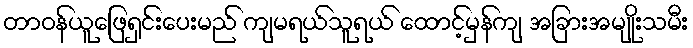
တာဝန်ယူဖြေရှင်းပေးမည် ကျမရယ်သူရယ် ထောင့်မှန်ကျ အခြားအမျိုးသမီး